Report of the Indian Hemp Drugs Commission, 1894-1895 - Volume V
Year: 1894
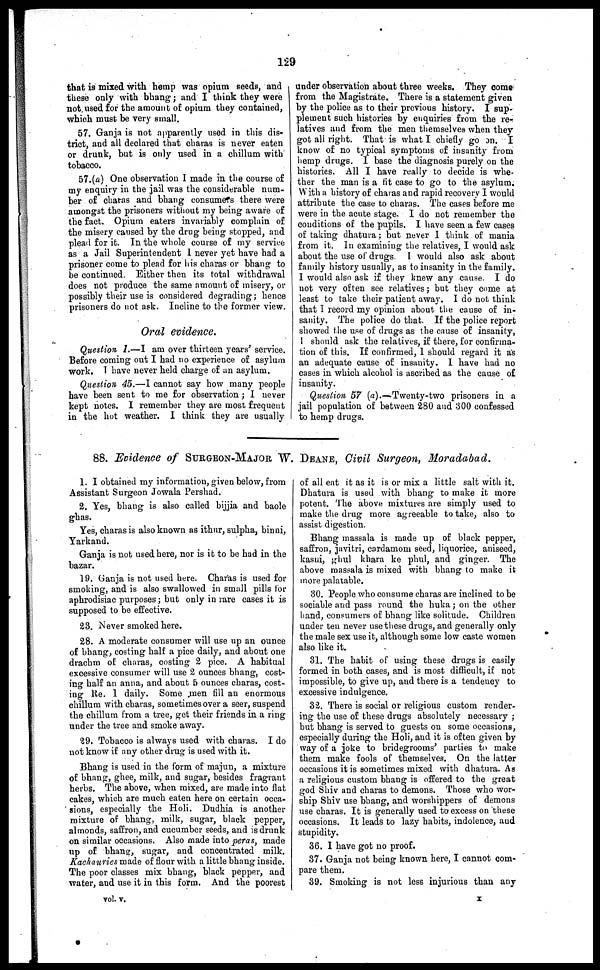
129
that is mixed with hemp was opium seeds, and
these only with bhang; and I think they were
not used for the amount of opium they contained,
which must be very small.
57. Ganja is not apparently used in this dis-
trict, and all declared that charas is never eaten
or drunk, but is only used in a chillum with
tobacco.
57.(a) One observation I made in the course of
my enquiry in the jail was the considerable num-
ber of charas and bhang consumers there were
amongst the prisoners without my being aware of
the fact. Opium eaters invariably complain of
the misery caused by the drug being stopped, and
plead for it. In the whole course of my service
as a Jail Superintendent I never yet have had a
prisoner come to plead for his charas or bhang to
be continued. Either then its total withdrawal
does not produce the same amount of misery, or
possibly their use is considered degrading; hence
prisoners do not ask. Incline to the former view.
Oral evidence.
Question 1.—I am over thirteen years' service.
Before coming out I had no experience of asylum
work. I have never held charge of an asylum.
Question 45.—I cannot say how many people
have been sent to me for observation; I never
kept notes. I remember they are most frequent
in the hot weather. I think they are usually
under observation about three weeks. They come
from the Magistrate. There is a statement given
by the police as to their previous history. I sup-
plement such histories by enquiries from the re-
latives and from the men themselves when they
got all right. That is what I chiefly go on. I
know of no typical symptoms of insanity from
hemp drugs. I base the diagnosis purely on the
histories. All I have really to decide is whe-
ther the man is a fit case to go to the asylum.
With a history of charas and rapid recovery I would
attribute the case to charas. The cases before me
were in the acute stage. I do not remember the
conditions of the pupils. I have seen a few cases
of taking dhatura; but never I think of mania
from it. In examining the relatives, I would ask
about the use of drugs. I would also ask about
family history usually, as to insanity in the family.
I would also ask if they knew any cause. I do
not very often see relatives; but they come at
least to take their patient away. I do not think
that I record my opinion about the cause of in-
sanity. The police do that. If the police report
showed the use of drugs as the cause of insanity,
I should ask the relatives, if there, for confirma-
tion of this. If confirmed, I should regard it as
an adequate cause of insanity. I have had no
cases in which alcohol is ascribed as the cause of
insanity.
Question 57 (a).—Twenty-two prisoners in a
jail population of between 280 and 300 confessed
to hemp drugs.
88. Evidence of SURGEON-MAJOR W. DEANE, Civil Surgeon, Moradabad.
1. I obtained my information, given below, from
Assistant Surgeon Jowala Pershad.
2. Yes, bhang is also called bijjia and baole
ghas.
Yes, charas is also known as ithur, sulpha, binai,
Yarkand.
Ganja is not used here, nor is it to be had in the
bazar.
19. Ganja is not used here. Charas is used for
smoking, and is also swallowed in small pills for
aphrodisiac purposes; but only in rare cases it is
supposed to be effective.
23. Never smoked here.
28. A moderate consumer will use up an ounce
of bhang, costing half a pice daily, and about one
drachm of charas, costing 2 pice. A habitual
excessive consumer will use 2 ounces bhang, cost-
ing half an anna, and about 5 ounces charas, cost-
ing Re. 1 daily. Some men fill an enormous
chillum with charas, sometimes over a seer, suspend
the chillum from a tree, get their friends in a ring
under the tree and smoke away.
29. Tobacco is always used with charas. I do
not know if any other drug is used with it.
Bhang is used in the form of majun, a mixture
of bhang, ghee, milk, and sugar, besides fragrant
herbs. The above, when mixed, are made into flat
cakes, which are much eaten here on certain occa-
sions, especially the Holi. Dudhia is another
mixture of bhang, milk, sugar, black pepper,
almonds, saffron, and cucumber seeds, and is drunk
on similar occasions. Also made into peras, made
up of bhang, sugar, and concentrated milk.
Kachauries made of flour with a little bhang inside.
The poor classes mix bhang, black pepper, and
water, and use it in this form. And the poorest
of all eat it as it is or mix a little salt with it.
Dhatura is used with bhang to make it more
potent. The above mixtures are simply used to
make the drug more agreeable to take, also to
assist digestion.
Bhang massala is made up of black pepper,
saffron, javitri, cardamom seed, liquorice, aniseed,
kasni, ghul khara ke phul, and ginger. The
above massala is mixed with bhang to make it
more palatable.
30. People who consume charas are inclined to be
sociable and pass round the huka; on the other
hand, consumers of bhang like solitude. Children
under ten never use these drugs, and generally only
the male sex use it, although some low caste women
also like it.
31. The habit of using these drugs is easily
formed in both cases, and is most difficult, if not
impossible, to give up, and there is a tendency to
excessive indulgence.
32. There is social or religious custom render-
ing the use of these drugs absolutely necessary ;
but bhang is served to guests on some occasions,
especially during the Holi, and it is often given by
way of a joke to bridegrooms' parties to make
them make fools of themselves. On the latter
occasions it is sometimes mixed with dhatura. As
a religious custom bhang is offered to the great
god Shiv and charas to demons. Those who wor-
ship Shiv use bhang, and worshippers of demons
use charas. It is generally used to excess on these
occasions. It leads to lazy habits, indolence, and
stupidity.
36. I have got no proof.
37. Ganja not being known here, I cannot com-
pare them.
39. Smoking is not less injurious than any
vol. V.
x